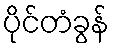
ပိုင်တံခွန်